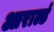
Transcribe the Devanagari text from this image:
आराल्डं